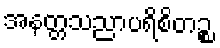
အနတ္တသညာပရိစိတဉ္စ